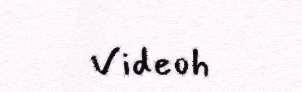
Videoh